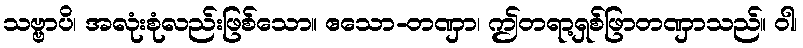
သဗ္ဗာပိ၊ အလုံးစုံလည်းဖြစ်သော။ ဧသော-တဏှာ၊ ဤတရာ့ရှစ်ဖြာတဏှာသည်။ ဝါ၊